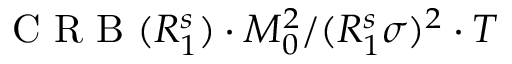
\mathrm { ~ C ~ R ~ B ~ } ( R _ { 1 } ^ { s } ) \cdot M _ { 0 } ^ { 2 } / ( R _ { 1 } ^ { s } \sigma ) ^ { 2 } \cdot T